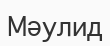
Мәулид